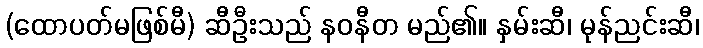
(ထောပတ်မဖြစ်မီ) ဆီဦးသည် နဝနီတ မည်၏။ နှမ်းဆီ၊ မုန်ညင်းဆီ၊